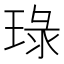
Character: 琭